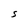
Character: S